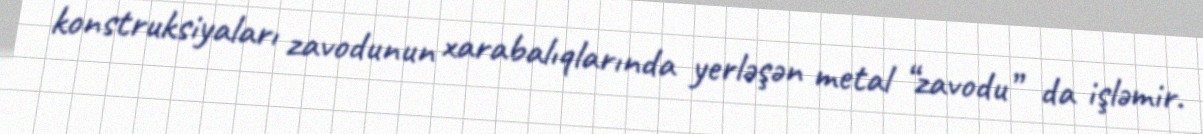
konstruksiyaları zavodunun xarabalıqlarında yerləşən metal “zavodu” da işləmir.